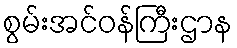
စွမ်းအင်ဝန်ကြီးဌာန